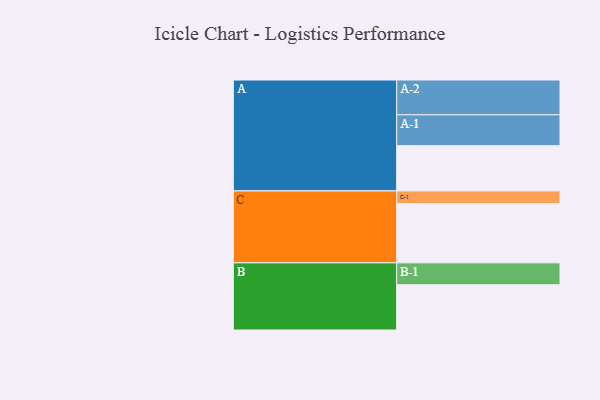
{"axis": {"x": "Segment", "y": "Value"}, "legend": ["", "A", "B", "C"], "data": [{"x": "A", "y": 389, "type": ""}, {"x": "B", "y": 389, "type": ""}, {"x": "C", "y": 509, "type": ""}, {"x": "A-1", "y": 265, "type": "A"}, {"x": "A-2", "y": 299, "type": "A"}, {"x": "B-1", "y": 188, "type": "B"}, {"x": "C-1", "y": 109, "type": "C"}]}